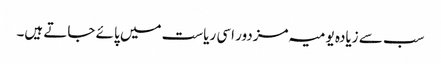
سب سے زیادہ یومیہ مزدور اسی ریاست میں پائے جاتے ہیں۔